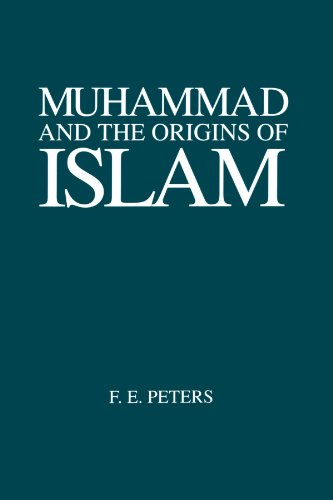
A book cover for Muhammad and the Origins of Islam (Suny Series in Near Eastern Studies) (Suny Series, Near Eastern Studies); F. E. Peters; Religion & Spirituality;